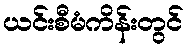
ယင်းစီမံကိန်းတွင်